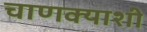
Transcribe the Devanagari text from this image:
चाणक्याशी